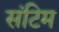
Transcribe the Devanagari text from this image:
संटिम